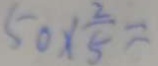
5 0 \times \frac { 2 } { 5 } =